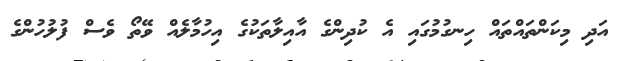
އަދި މިކަންތައްތައް ހިނގުމުގައި އެ ކުދިންގެ އާއިލާތަކުގެ އިހުމާލެއް ވޭތޯ ވެސް ފުލުހުންގެ